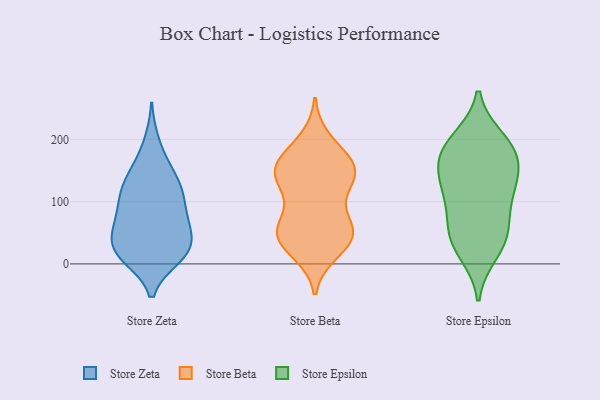
{"axis": {"x": "Demand Index", "y": "Value"}, "legend": ["Store Beta", "Store Epsilon", "Store Zeta"], "data": [{"x": "", "y": 78, "type": "Store Zeta"}, {"x": "", "y": 22, "type": "Store Zeta"}, {"x": "", "y": 11, "type": "Store Zeta"}, {"x": "", "y": 43, "type": "Store Zeta"}, {"x": "", "y": 63, "type": "Store Zeta"}, {"x": "", "y": 12, "type": "Store Zeta"}, {"x": "", "y": 44, "type": "Store Zeta"}, {"x": "", "y": 72, "type": "Store Zeta"}, {"x": "", "y": 18, "type": "Store Zeta"}, {"x": "", "y": 63, "type": "Store Zeta"}, {"x": "", "y": 131, "type": "Store Zeta"}, {"x": "", "y": 20, "type": "Store Zeta"}, {"x": "", "y": 20, "type": "Store Zeta"}, {"x": "", "y": 99, "type": "Store Zeta"}, {"x": "", "y": 119, "type": "Store Zeta"}, {"x": "", "y": 144, "type": "Store Zeta"}, {"x": "", "y": 195, "type": "Store Zeta"}, {"x": "", "y": 118, "type": "Store Zeta"}, {"x": "", "y": 159, "type": "Store Zeta"}, {"x": "", "y": 109, "type": "Store Zeta"}, {"x": "", "y": 144, "type": "Store Beta"}, {"x": "", "y": 40, "type": "Store Beta"}, {"x": "", "y": 75, "type": "Store Beta"}, {"x": "", "y": 48, "type": "Store Beta"}, {"x": "", "y": 137, "type": "Store Beta"}, {"x": "", "y": 53, "type": "Store Beta"}, {"x": "", "y": 162, "type": "Store Beta"}, {"x": "", "y": 49, "type": "Store Beta"}, {"x": "", "y": 141, "type": "Store Beta"}, {"x": "", "y": 160, "type": "Store Beta"}, {"x": "", "y": 35, "type": "Store Beta"}, {"x": "", "y": 126, "type": "Store Beta"}, {"x": "", "y": 21, "type": "Store Beta"}, {"x": "", "y": 141, "type": "Store Beta"}, {"x": "", "y": 60, "type": "Store Beta"}, {"x": "", "y": 197, "type": "Store Beta"}, {"x": "", "y": 172, "type": "Store Beta"}, {"x": "", "y": 100, "type": "Store Epsilon"}, {"x": "", "y": 171, "type": "Store Epsilon"}, {"x": "", "y": 199, "type": "Store Epsilon"}, {"x": "", "y": 135, "type": "Store Epsilon"}, {"x": "", "y": 127, "type": "Store Epsilon"}, {"x": "", "y": 134, "type": "Store Epsilon"}, {"x": "", "y": 43, "type": "Store Epsilon"}, {"x": "", "y": 19, "type": "Store Epsilon"}, {"x": "", "y": 177, "type": "Store Epsilon"}, {"x": "", "y": 194, "type": "Store Epsilon"}, {"x": "", "y": 46, "type": "Store Epsilon"}, {"x": "", "y": 87, "type": "Store Epsilon"}, {"x": "", "y": 173, "type": "Store Epsilon"}, {"x": "", "y": 41, "type": "Store Epsilon"}]}